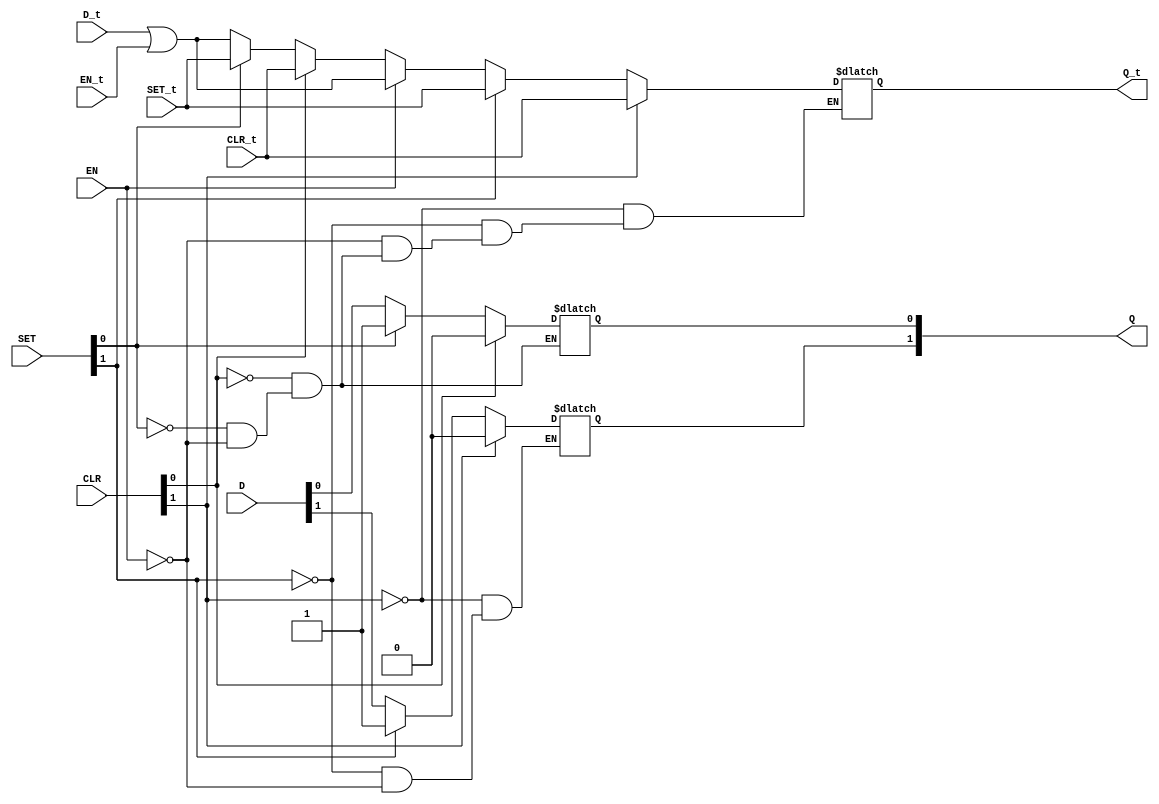
/* Generated by Yosys 0.20 (git sha1 4fcb95ed087, clang 14.0.0-1ubuntu1 -fPIC -Os) */

(* dynports =  1  *)
(* src = "dlatchsr.v:1.1-15.10" *)
module m_0(CLR, CLR_t, D, D_t, EN, EN_t, Q, Q_t, SET, SET_t);
  (* src = "dlatchsr.v:7.19-7.20" *)
  input [1:0] CLR;
  wire [1:0] CLR;
  (* src = "dlatchsr.v:7.19-7.20" *)
  input [1:0] D;
  wire [1:0] D;
  (* src = "dlatchsr.v:6.7-6.9" *)
  input EN;
  wire EN;
  (* src = "dlatchsr.v:8.24-8.25" *)
  output [1:0] Q;
  reg [1:0] Q;
  (* src = "dlatchsr.v:7.19-7.20" *)
  input [1:0] SET;
  wire [1:0] SET;
  (* src = "dlatchsr.v:10.1-13.4" *)
  
  input [31:0] EN_t;
  input [31:0] D_t;
  input [31:0] SET_t;
  input [31:0] CLR_t;
  output reg [31:0] Q_t;

  initial begin
      Q_t = 0;
  end

  always @* begin
    if (CLR[0])begin
     Q[0] <= 1'b0;
     Q_t <= CLR_t;
     end
    else if (SET[0])begin
     Q[0] <= 1'b1;
     Q_t <= SET_t; end
    else if (EN)begin
     Q[0] <= D[0];
     Q_t <= D_t | EN_t;
     end
  (* src = "dlatchsr.v:10.1-13.4" *)
    if (CLR[1])begin
     Q[1] <= 1'b0;
     Q_t <= CLR_t;
     end
    else if (SET[1])begin
     Q[1] <= 1'b1;
     Q_t <= SET_t; end
    else if (EN)begin
     Q[1] <= D[1];
     Q_t <= D_t | EN_t;
     end
     end
endmodule